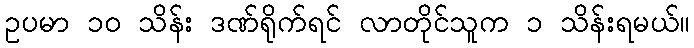
ဥပမာ ၁၀ သိန်း ဒဏ်ရိုက်ရင် လာတိုင်သူက ၁ သိန်းရမယ်။